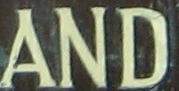
AND